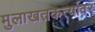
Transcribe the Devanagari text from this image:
मुलाखतकर्त्यावर